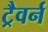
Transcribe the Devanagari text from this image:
ट्रैवर्न